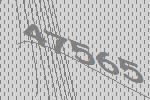
47565